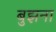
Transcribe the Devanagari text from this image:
बुझना